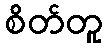
စိတ်တူ